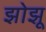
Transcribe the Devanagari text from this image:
झोझू